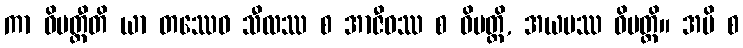
ကာ ဝိပတ္တီတိ ယာ တဿေဝ သီလဿ စ အာဇီဝဿ စ ဝိပတ္တိ, အယမဿ ဝိပတ္တိ။ အပိ စ